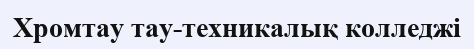
Хромтау тау-техникалық колледжі